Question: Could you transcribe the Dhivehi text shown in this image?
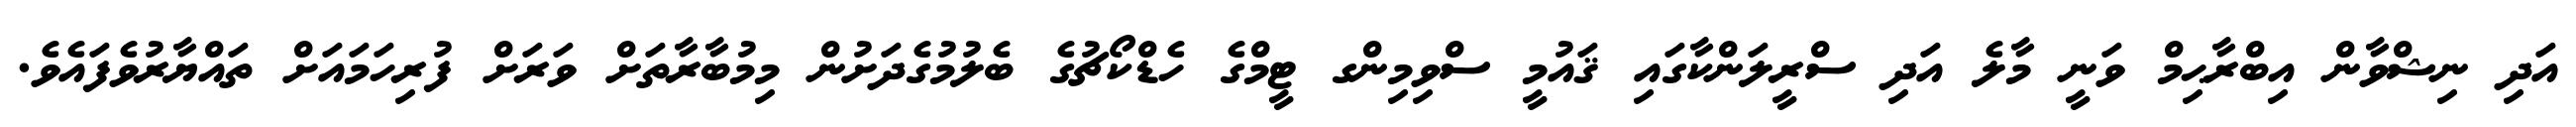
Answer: އަދި ނިޝްވާން އިބްރާޙިމް ވަނީ މާލެ އަދި ސްރީލަންކާގައި ޤައުމީ ސްވިމިންގ ޓީމްގެ ހެޑްކޯޗުގެ ބެލުމުގެދަށުން މިމުބާރާތަށް ވަރަށް ފުރިހަމައަށް ތައްޔާރުވެފައެވެ.